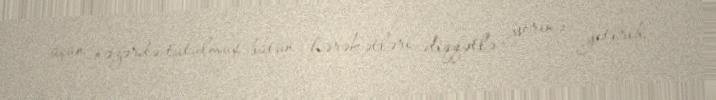
üçün nəzərdə tutulmuş bütün hərəkətləri diqqətlə yerinə yetirib.